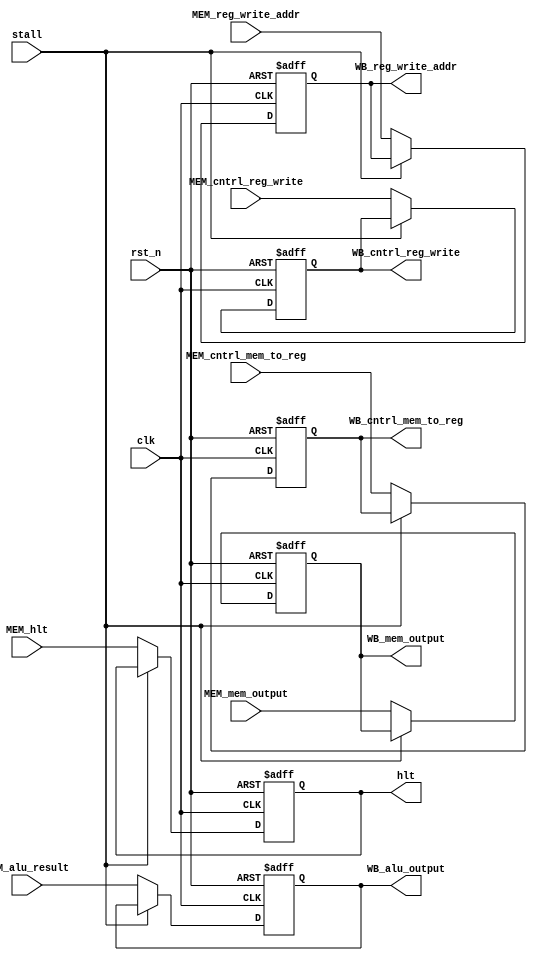
//PIPELINE MODULE, just a bunch of flops

module MEM_WB_Pipe(clk, rst_n, MEM_reg_write_addr, MEM_cntrl_reg_write, MEM_cntrl_mem_to_reg, MEM_mem_output, MEM_alu_result, MEM_hlt, stall,	//INPUTS
                  WB_reg_write_addr, WB_cntrl_reg_write, WB_cntrl_mem_to_reg, WB_mem_output, WB_alu_output, hlt); //OUTPUTS
                            
  input clk, rst_n, MEM_cntrl_reg_write, MEM_cntrl_mem_to_reg, MEM_hlt, stall;
  input [3:0] MEM_reg_write_addr;
  input [15:0] MEM_mem_output, MEM_alu_result;
  
  output reg WB_cntrl_reg_write, WB_cntrl_mem_to_reg, hlt;
  output reg [3:0] WB_reg_write_addr;
  output reg [15:0] WB_mem_output, WB_alu_output;
  
  always @(posedge clk or negedge rst_n) begin
    		//flush all pipes on reset
	if(~rst_n) begin
      WB_reg_write_addr <= 0;
      WB_cntrl_reg_write <= 0;
      WB_cntrl_mem_to_reg <= 0;
      WB_mem_output <= 0;
      WB_alu_output <= 0;
      hlt <= 0;
		//retain previous values on a stall
    end else if(stall) begin
      WB_reg_write_addr <= WB_reg_write_addr;
      WB_cntrl_reg_write <= WB_cntrl_reg_write;
      WB_cntrl_mem_to_reg <= WB_cntrl_mem_to_reg;
      WB_mem_output <= WB_mem_output;
      WB_alu_output <= WB_alu_output;
      hlt <= hlt;
    end else begin
		//otherwise just keep passing values down pipe
      WB_reg_write_addr <= MEM_reg_write_addr;
      WB_cntrl_reg_write <= MEM_cntrl_reg_write;
      WB_cntrl_mem_to_reg <= MEM_cntrl_mem_to_reg;
      WB_mem_output <= MEM_mem_output;
      WB_alu_output <= MEM_alu_result;
      hlt <= MEM_hlt;
    end
  end


endmodule